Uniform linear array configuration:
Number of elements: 64
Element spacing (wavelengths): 1
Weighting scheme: hamming
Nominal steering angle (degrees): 30
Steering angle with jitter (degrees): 30.76
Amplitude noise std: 0.05
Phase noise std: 0.05

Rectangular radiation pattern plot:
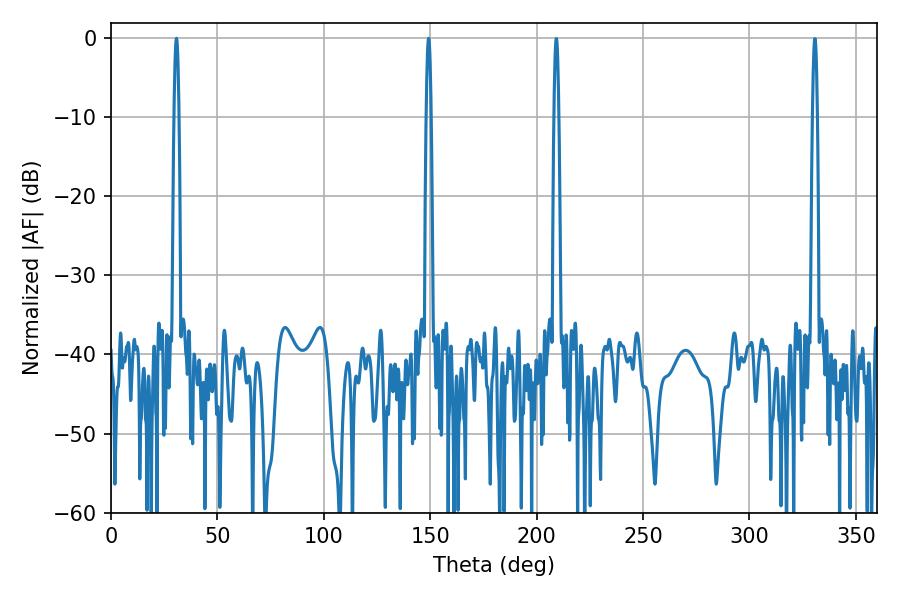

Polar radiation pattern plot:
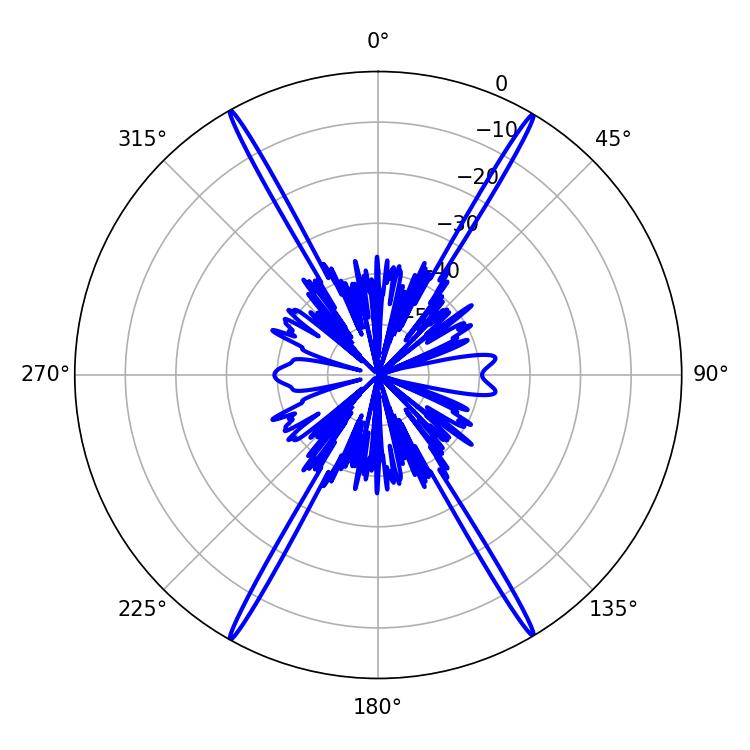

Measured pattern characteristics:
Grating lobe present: TRUE
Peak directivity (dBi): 31.193
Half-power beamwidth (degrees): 1.08
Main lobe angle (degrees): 30.78